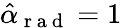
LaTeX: \hat{\alpha}_{\mathrm{~r~a~d~}}=1